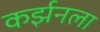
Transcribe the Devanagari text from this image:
कर्झनला